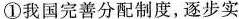
①我国完善分配制度，逐步实